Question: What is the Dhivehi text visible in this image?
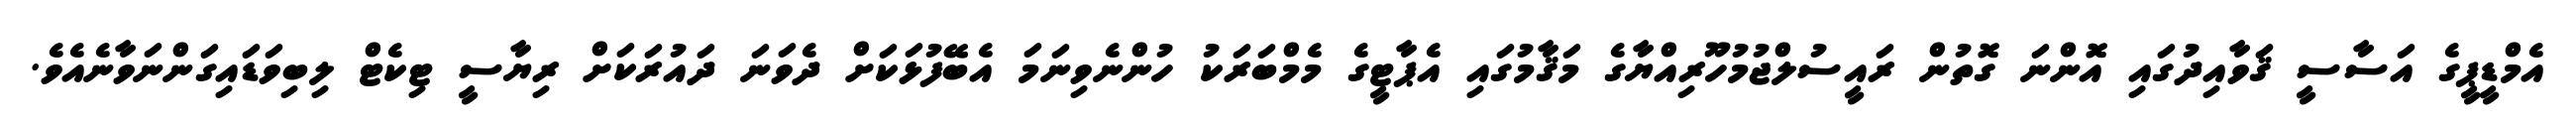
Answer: އެމްޑީޕީގެ އަސާސީ ޤަވާއިދުގައި އޮންނަ ގޮތުން ރައީސުލްޖުމުހޫރިއްޔާގެ މަޤާމުގައި އެޕާޓީގެ މެމްބަރަކު ހުންނެވިނަމަ އެބޭފުޅަކަށް ދެވަނަ ދައުރަކަށް ރިޔާސީ ޓިކެޓް ލިބިވަޑައިގަންނަވާނެއެވެ.